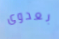
بعدوى